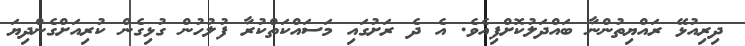
ދިރިއުޅޭ ރައްޔިތުންނާ ބައްދަލުކޮށްފިއެވެ. އެ ދެ ރަށުގައި މަސައްކަތްކުރާ ފުލުހުން ގުޅިގެން ކުރިއަށްގެންދިޔަ